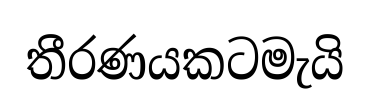
තීරණයකටමැයි